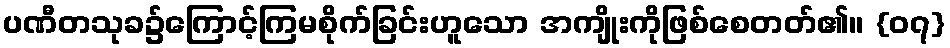
ပဏီတသုခ၌ကြောင့်ကြမစိုက်ခြင်းဟူသော အကျိုးကိုဖြစ်စေတတ်၏။ {၀၇}